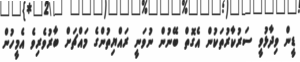
ޑީން ވިދާޅުވީ ސަރުކާރުތަކުން އެގޮތް ބޭނުން ނުވަނީ ރައްޔިތުންގެ މައްޗަށް ބާރުވެރިވެ އެމީހުން